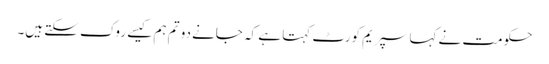
حکومت نے کہا سپریم کورٹ کہتا ہے کہ جانے دو تم ہم کیسے روک سکتے ہیں۔